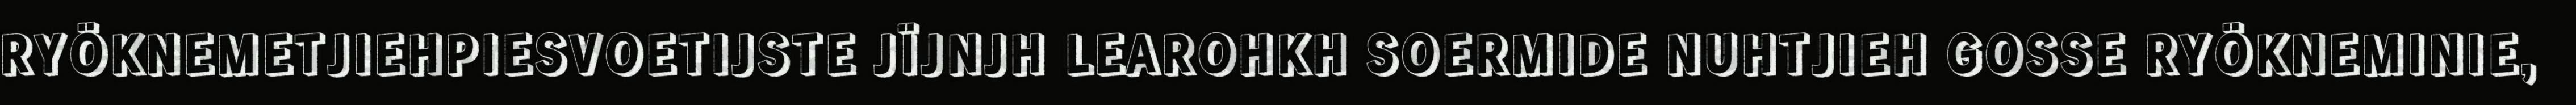
RYÖKNEMETJIEHPIESVOETIJSTE JÏJNJH LEAROHKH SOERMIDE NUHTJIEH GOSSE RYÖKNEMINIE,